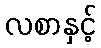
လစာနှင့်